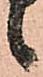
候